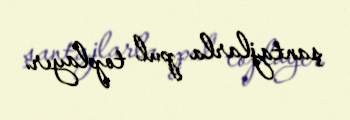
şantajlarla pul toplayır.